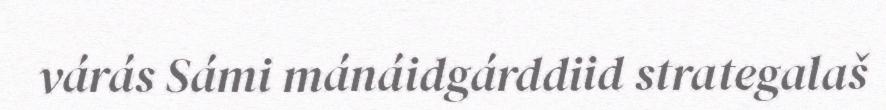
várás Sámi mánáidgárddiid strategalaš